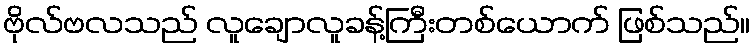
ဗိုလ်ဗလသည် လူချောလူခန့်ကြီးတစ်ယောက် ဖြစ်သည်။